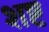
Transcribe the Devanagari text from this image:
शष्ट